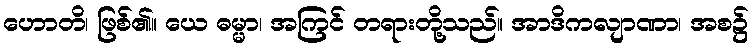
ဟောတိ၊ ဖြစ်၏။ ယေ ဓမ္မာ၊ အကြင် တရားတို့သည်။ အာဒိကလျာဏာ၊ အစ၌